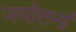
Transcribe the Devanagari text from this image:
जयोतनां